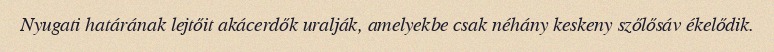
Nyugati határának lejtőit akácerdők uralják, amelyekbe csak néhány keskeny szőlősáv ékelődik.